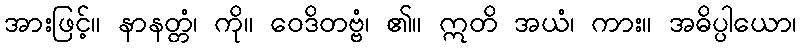
အားဖြင့်။ နာနတ္တံ၊ ကို။ ဝေဒိတဗ္ဗံ၊ ၏။ ဣတိ အယံ၊ ကား။ အဓိပ္ပါယော၊